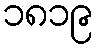
၁၈၁၉